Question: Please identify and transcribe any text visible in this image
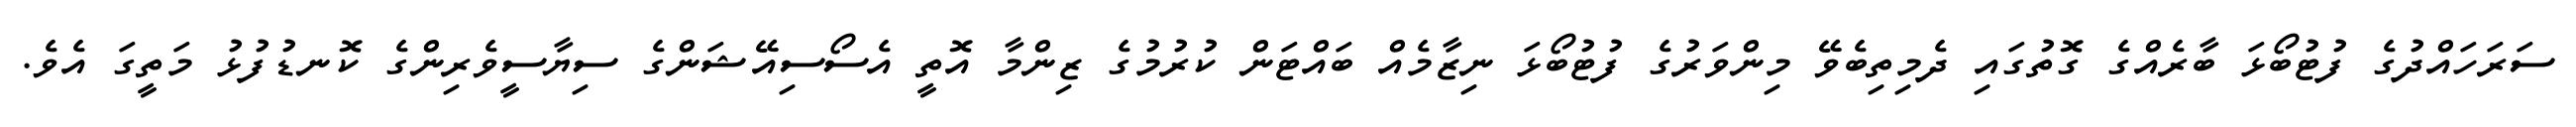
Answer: ސަރަހައްދުގެ ފުޓުބޯޅަ ބާރެއްގެ ގޮތުގައި ދެމިތިބެވޭ މިންވަރުގެ ފުޓުބޯޅަ ނިޒާމެއް ބައްޓަން ކުރުމުގެ ޒިންމާ އޮތީ އެސޯސިއޭޝަންގެ ސިޔާސީވެރިންގެ ކޮނޑުފުޅު މަތީގަ އެވެ.